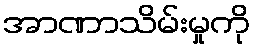
အာဏာသိမ်းမှုကို